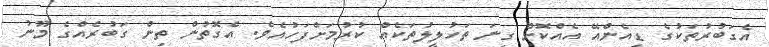
އެގަބުރުތަކުގެ ޑީއެންއޭ އެއްކޮށް ގިނަ ތަހުލީލުތަކެއް ކުރުމަށްފަހުއެވެ. އެގޮތުން ތިން ގަބުރެއްގެ މޫނު